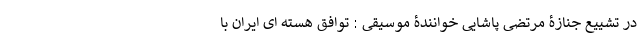
در تشییع جنازۀ مرتضی پاشایی خوانندۀ موسیقی : توافق هسته ای ایران با